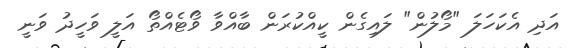
އަދި އެކަހަލަ "މޯލުން" ލައިގެން ކީއްކުރަން ބާއްވާ ވޯޓެއްތޯ އަލީ ވަހީދު ވަނީ